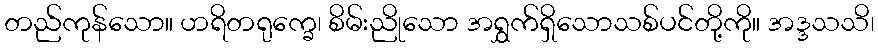
တည်ကုန်သော။ ဟရိတရုက္ခေ၊ စိမ်းညိုသော အရွှက်ရှိသောသစ်ပင်တို့ကို။ အဒ္ဒသသိ၊